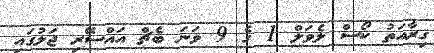
ޤިރާއަތު ކޯސް ލެވަލް 1 ގެ 9 ވަނަ ބެޗް އައްސޭރި ޖަލުގައި